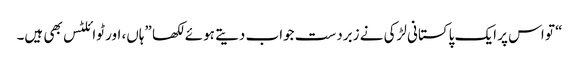
“ تو اس پر ایک پاکستانی لڑکی نے زبردست جواب دیتے ہوئے لکھا ”ہاں، اور ٹوائلٹس بھی ہیں۔